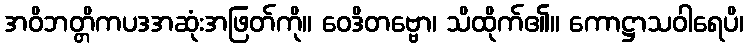
အဝိဘတ္တိကပဒအဆုံးအဖြတ်ကို။ ဝေဒိတဗ္ဗော၊ သိထိုက်၏။ ကောဋ္ဌာသဝါရေပိ၊